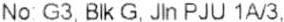
NO: G3, BLK G, JLN PJU 1A/3,